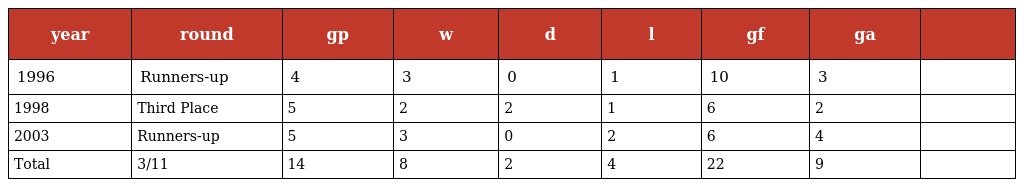
| year | round | gp | w | d | l | gf | ga |  |
 | --- | --- | --- | --- | --- | --- | --- | --- | --- |
 | 1996 | Runners-up | 4 | 3 | 0 | 1 | 10 | 3 |  |
 | 1998 | Third Place | 5 | 2 | 2 | 1 | 6 | 2 |  |
 | 2003 | Runners-up | 5 | 3 | 0 | 2 | 6 | 4 |  |
 | Total | 3/11 | 14 | 8 | 2 | 4 | 22 | 9 |  |